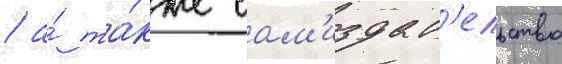
/ а́ та́кже сам'издат'ельство